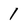
Character: 1